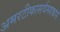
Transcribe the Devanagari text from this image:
अमरटीकासर्वस्वकार